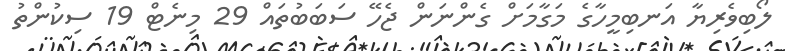
ލޯބިވެރިޔާ އަނބިމީހާގެ މަގާމަށް ގެންނަން ޖެހޭ ސަބަބުތައް 29 މިނެޓް 19 ސިކުންތު